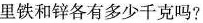
里铁和锌各有多少千克吗?